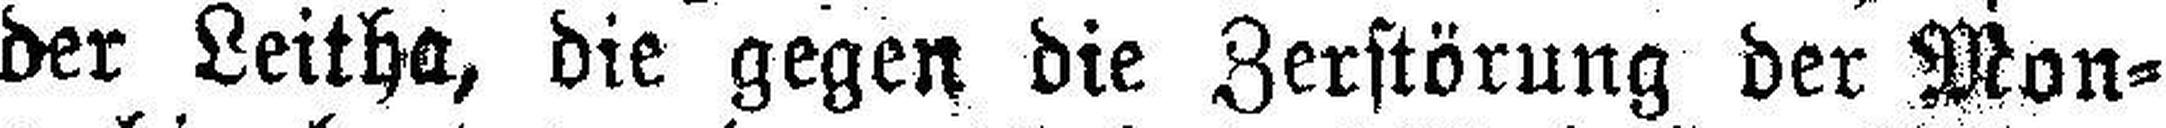
der Leitha, die gegen die Zerstörung der Mon¬